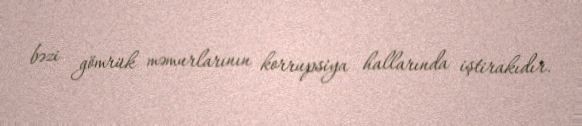
bəzi gömrük məmurlarının korrupsiya hallarında iştirakıdır.